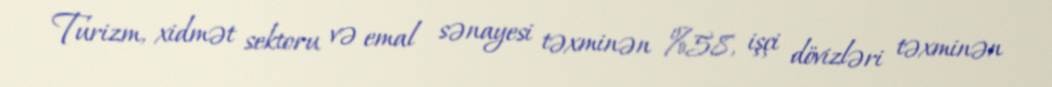
Turizm, xidmət sektoru və emal sənayesi təxminən %58, işçi dövizləri təxminən